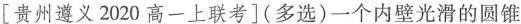
[贵州遵义2020高一上联考](多选)一个内壁光滑的圆锥